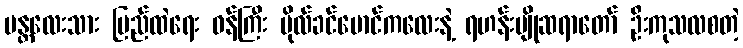
မန္တလေးသား ပြည်ထဲရေး ဝန်ကြီး ဗိုလ်ခင်မောင်ကလေးနဲ့ ရဟန်းပျိုဆရာတော် ဦးကုသလစတဲ့